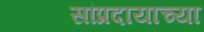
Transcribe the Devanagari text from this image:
सांप्रदायाच्या